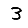
Digit: 3